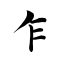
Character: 乍